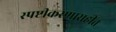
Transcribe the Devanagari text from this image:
स्पष्टीकरणासहीत